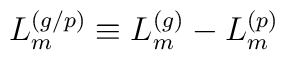
L_{m}^{(g/p)}\equiv L_{m}^{(g)}-L_{m}^{(p)}